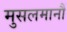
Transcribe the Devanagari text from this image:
मुसलमानौं